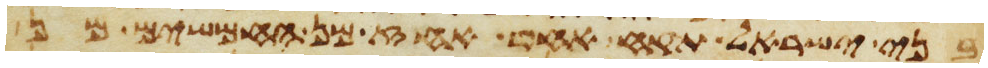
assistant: בני ישראל תקח אחד אחז מן החמשים מן